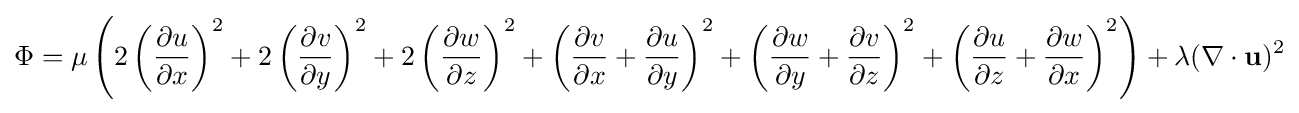
\Phi =\mu \left(2\left({\frac {\partial u}{\partial x}}\right)^{2}+2\left({\frac {\partial v}{\partial y}}\right)^{2}+2\left({\frac {\partial w}{\partial z}}\right)^{2}+\left({\frac {\partial v}{\partial x}}+{\frac {\partial u}{\partial y}}\right)^{2}+\left({\frac {\partial w}{\partial y}}+{\frac {\partial v}{\partial z}}\right)^{2}+\left({\frac {\partial u}{\partial z}}+{\frac {\partial w}{\partial x}}\right)^{2}\right)+\lambda (\nabla \cdot \mathbf {u} )^{2}